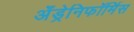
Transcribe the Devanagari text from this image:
अँड्रेनिफॉर्मिस